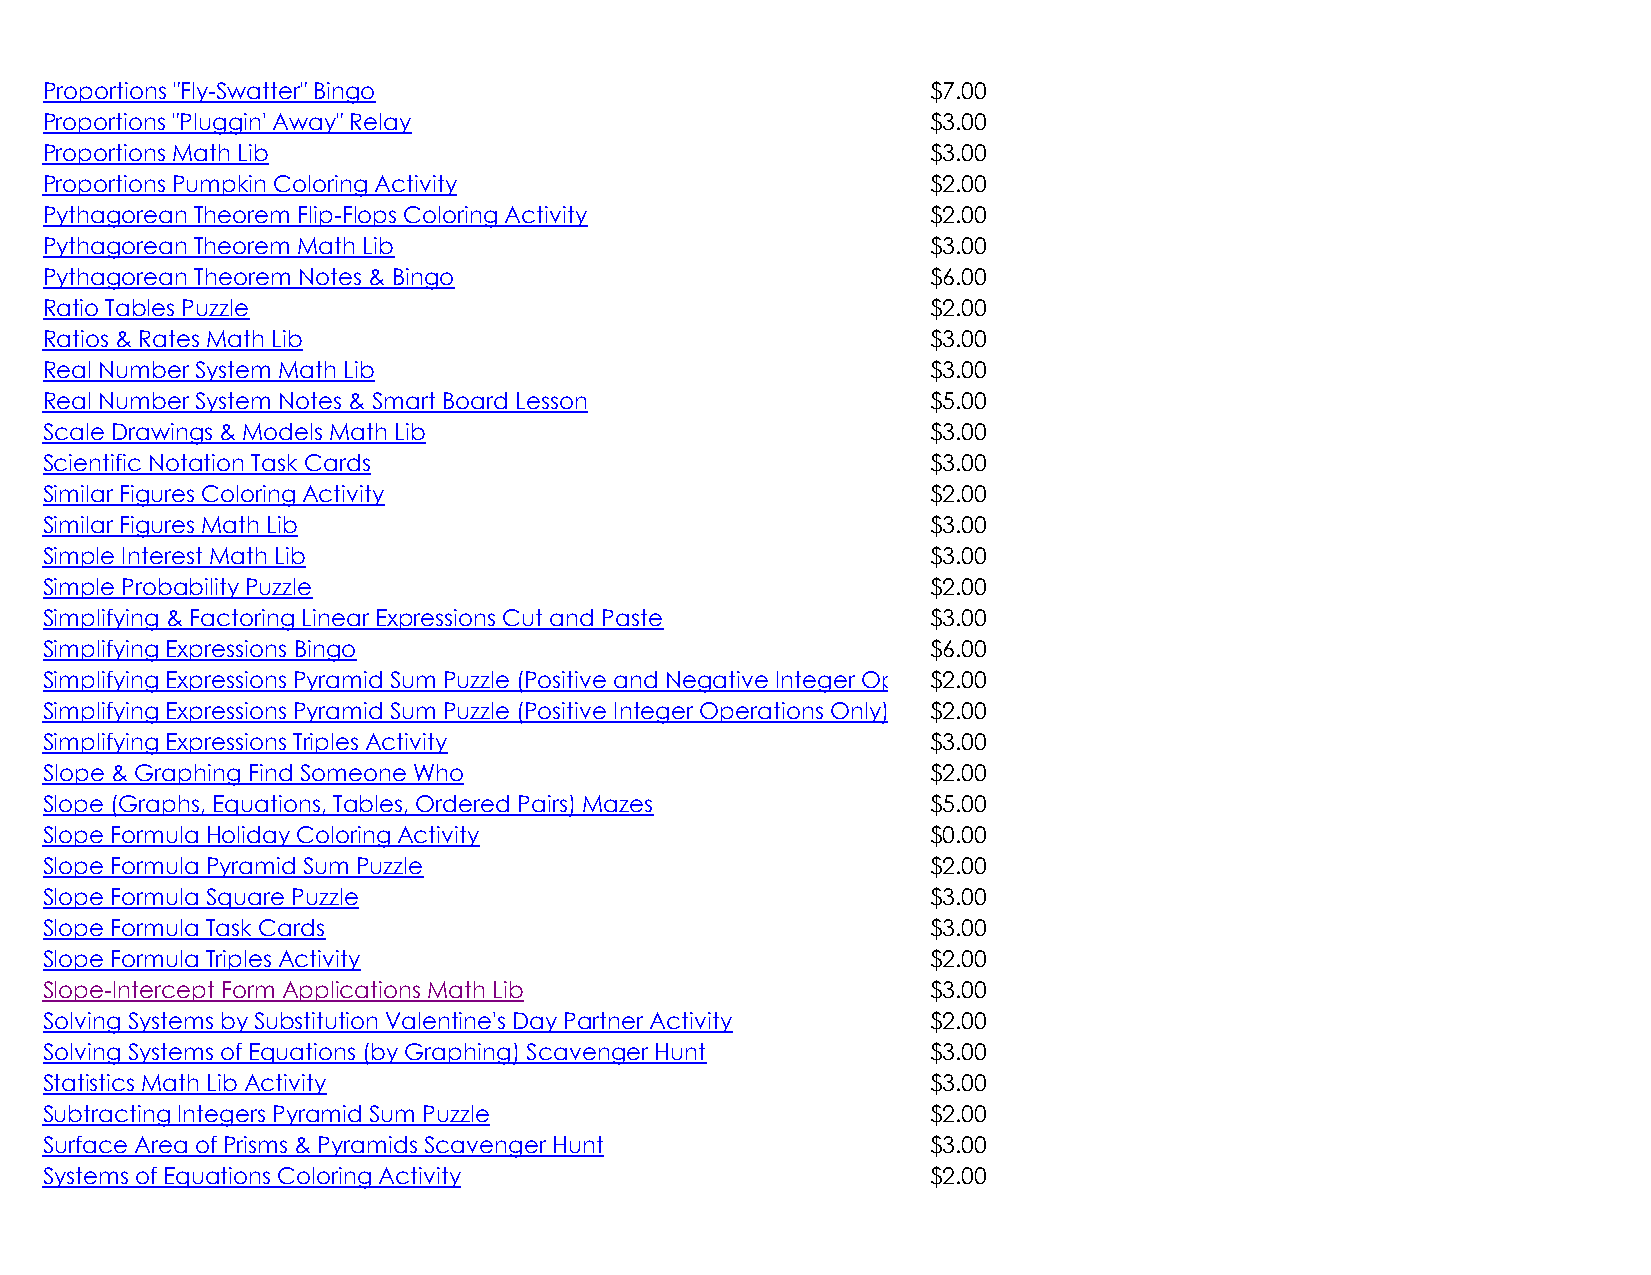
Proportions "Fly-Swatter" Bingo                            $7.00
 Proportions "Pluggin' Away" Relay                          $3.00
 Proportions Math Lib                                       $3.00
 Proportions Pumpkin Coloring Activity                      $2.00
 Pythagorean Theorem Flip-Flops Coloring Activity           $2.00
 Pythagorean Theorem Math Lib                               $3.00
 Pythagorean Theorem Notes & Bingo                          $6.00
 Ratio Tables Puzzle                                        $2.00
 Ratios & Rates Math Lib                                    $3.00
 Real Number System Math Lib                                $3.00
 Real Number System Notes & Smart Board Lesson              $5.00
 Scale Drawings & Models Math Lib                           $3.00
 Scientific Notation Task Cards                             $3.00
 Similar Figures Coloring Activity                          $2.00
 Similar Figures Math Lib                                   $3.00
 Simple Interest Math Lib                                   $3.00
 Simple Probability Puzzle                                  $2.00
 Simplifying & Factoring Linear Expressions Cut and Paste   $3.00
 Simplifying Expressions Bingo                              $6.00
 Simplifying Expressions Pyramid Sum Puzzle (Positive and Negative Integer Opera$t2io.0n0s)
 Simplifying Expressions Pyramid Sum Puzzle (Positive Integer Operations Only) $2.00
 Simplifying Expressions Triples Activity                   $3.00
 Slope & Graphing Find Someone Who                          $2.00
 Slope (Graphs, Equations, Tables, Ordered Pairs) Mazes     $5.00
 Slope Formula Holiday Coloring Activity                    $0.00
 Slope Formula Pyramid Sum Puzzle                           $2.00
 Slope Formula Square Puzzle                                $3.00
 Slope Formula Task Cards                                   $3.00
 Slope Formula Triples Activity                             $2.00
 Slope-Intercept Form Applications Math Lib                 $3.00
 Solving Systems by Substitution Valentine's Day Partner Activity $2.00
 Solving Systems of Equations (by Graphing) Scavenger Hunt  $3.00
 Statistics Math Lib Activity                               $3.00
 Subtracting Integers Pyramid Sum Puzzle                    $2.00
 Surface Area of Prisms & Pyramids Scavenger Hunt           $3.00
 Systems of Equations Coloring Activity                     $2.00